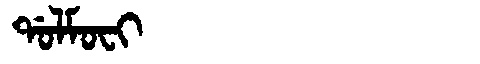
Manchu: ᡩᠣᠯᠮᠣᠸᡳ
Romanization: DOLMOFI